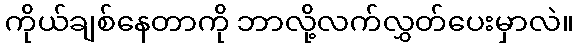
ကိုယ်ချစ်နေတာကို ဘာလို့လက်လွှတ်ပေးမှာလဲ။